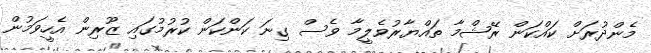
މެންދުރަށް ކައްކަން ރޭޝްމާ ތައްޔާރުވެލީމާ ވެސް ގިނަ ކަންކަން ކުރުމުގައި ޒޫރިން އެހީވަމުން